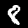
Digit: 8